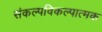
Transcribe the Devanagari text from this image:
संकल्पविकल्पात्मक